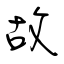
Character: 故